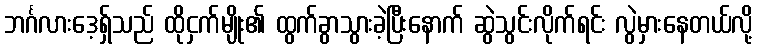
ဘင်္ဂလားဒေ့ရ်ှသည် ထိုငှက်မျိုး၏ ထွက်ခွာသွားခဲ့ပြီးနောက် ဆွဲသွင်းလိုက်ရင်း လွဲမှားနေတယ်လို့